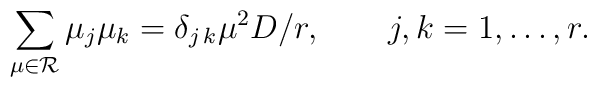
\sum_{\mu\in{\cal R}}\mu_j\mu_k=\delta_{j\,k}\mu^2D/r,\qquad j,k=1,\ldots, r.